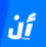
أن